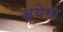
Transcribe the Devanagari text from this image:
जयेगा